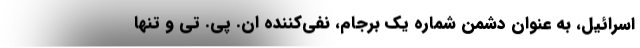
اسرائیل، به عنوان دشمن شماره یک برجام، نفی‌کننده ان‌. پی‌. تی و تنها